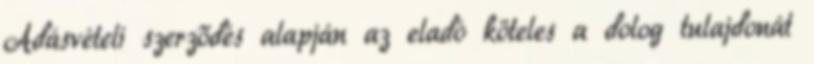
Adásvételi szerződés alapján az eladó köteles a dolog tulajdonát